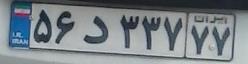
۵۶د۳۳۷۷۷